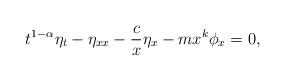
LaTeX: \begin{align*}t^{1-\alpha}\eta_t-\eta_{xx}-\frac{c}{x}\eta_x-mx^k\phi_x=0,\end{align*}